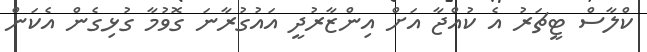
ކްލާސް ޓީޗަރު އެ ކުއްޖާ އަށް އިންޒާރުދީ އައުގުރާނަ ގޮވުމާ ގުޅިގެން އެކަން